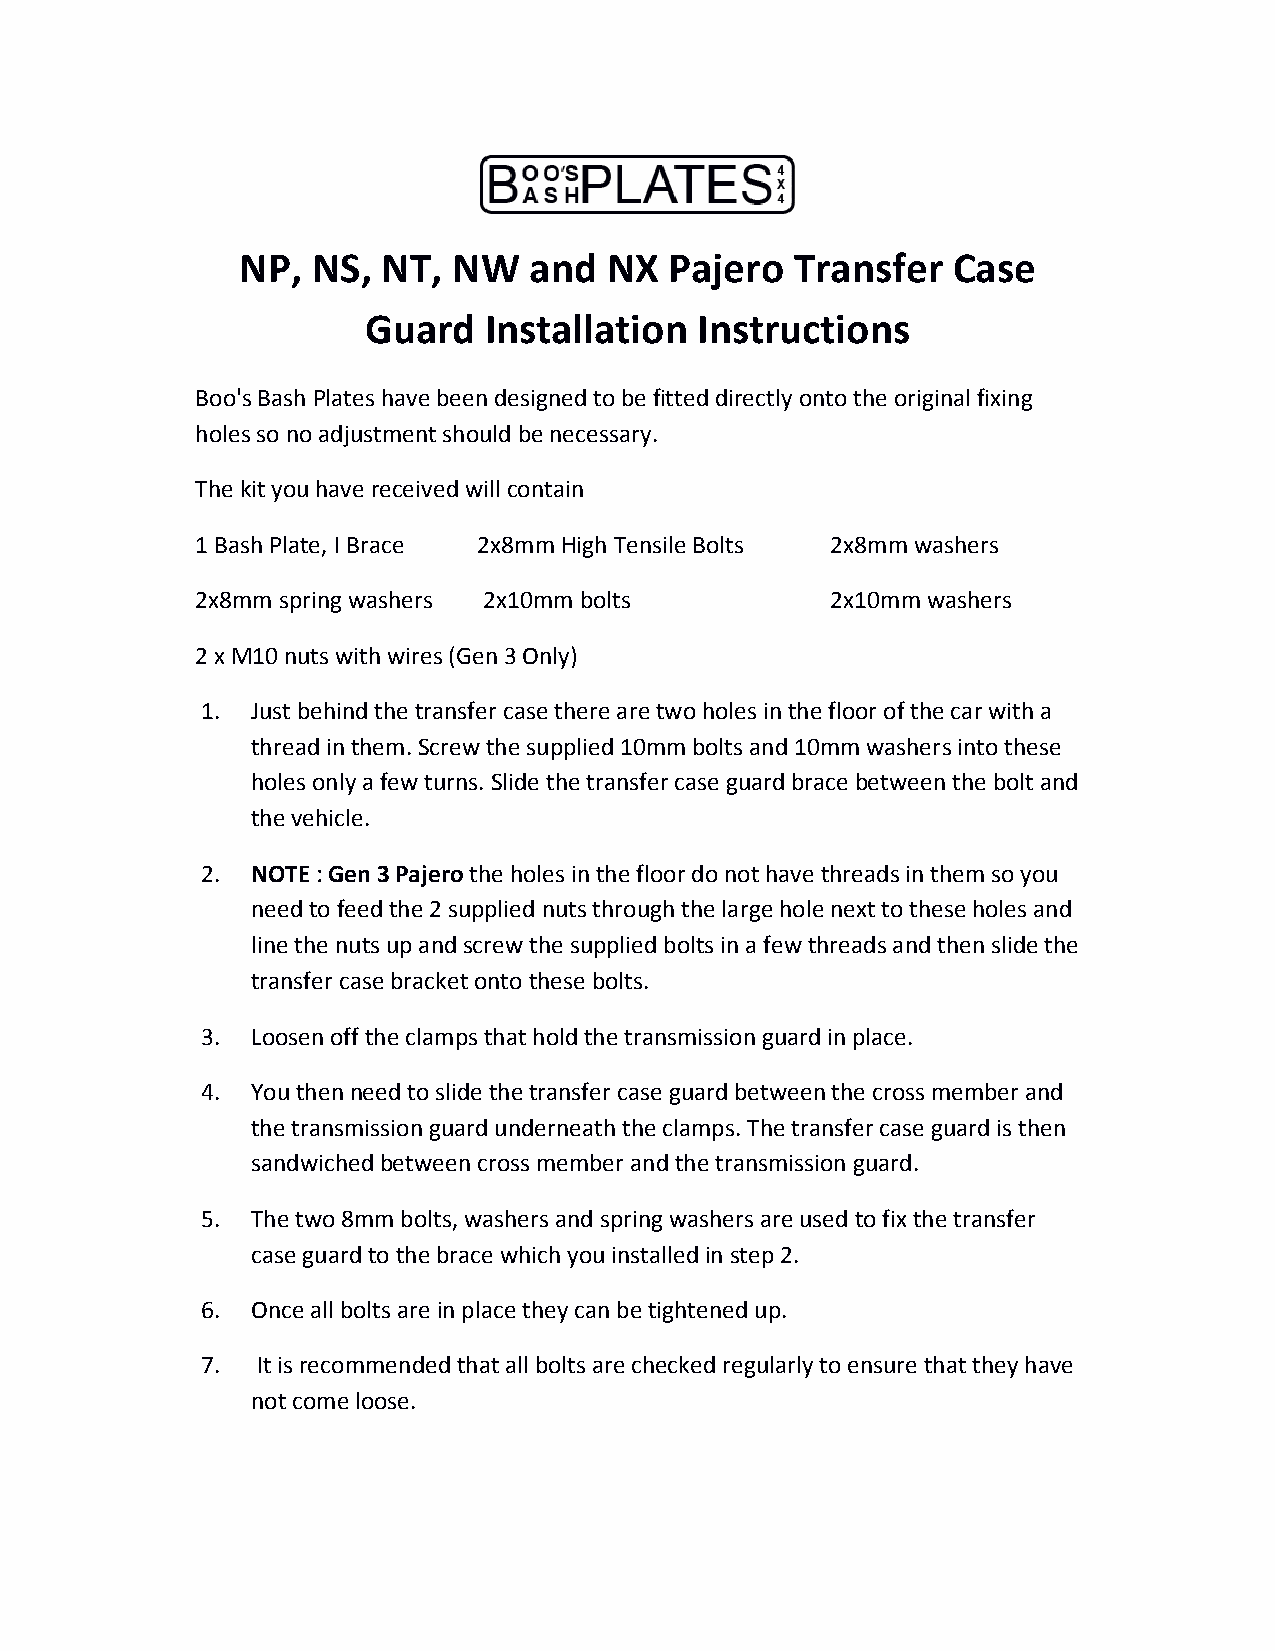
NP,  NS, NT,  NW   and  NX  Pajero   Transfer  Case
 Guard   Installation  Instructions
 Boo's Bash Plates have been designed to be fitted directly onto the original fixing
 holes so no adjustment should be necessary.
 The kit you have received will contain
 1 Bash Plate, I Brace 2x8mm High Tensile Bolts 2x8mm washers
 2x8mm spring washers 2x10mm bolts         2x10mm washers
 2 x M10 nuts with wires (Gen 3 Only)
 1.  Just behind the transfer case there are two holes in the floor of the car with a
 thread in them. Screw the supplied 10mm bolts and 10mm washers into these
 holes only a few turns. Slide the transfer case guard brace between the bolt and
 the vehicle.
 2.  NOTE : Gen 3 Pajero the holes in the floor do not have threads in them so you
 need to feed the 2 supplied nuts through the large hole next to these holes and
 line the nuts up and screw the supplied bolts in a few threads and then slide the
 transfer case bracket onto these bolts.
 3.  Loosen off the clamps that hold the transmission guard in place.
 4.  You then need to slide the transfer case guard between the cross member and
 the transmission guard underneath the clamps. The transfer case guard is then
 sandwiched between cross member and the transmission guard.
 5.  The two 8mm bolts, washers and spring washers are used to fix the transfer
 case guard to the brace which you installed in step 2.
 6.  Once all bolts are in place they can be tightened up.
 7.  It is recommended that all bolts are checked regularly to ensure that they have
 not come loose.